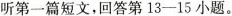
听第一篇短文,回答第13-15小题。